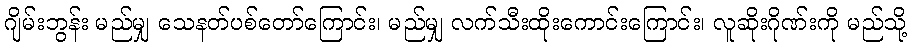
ဂျိမ်းဘွန်း မည်မျှ သေနတ်ပစ်တော်ကြောင်း၊ မည်မျှ လက်သီးထိုးကောင်းကြောင်း၊ လူဆိုးဂိုဏ်းကို မည်သို့